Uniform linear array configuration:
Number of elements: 32
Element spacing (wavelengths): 0.75
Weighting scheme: uniform
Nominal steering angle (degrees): -30
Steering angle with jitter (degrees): -28.612
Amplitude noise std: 0.05
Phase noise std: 0.05

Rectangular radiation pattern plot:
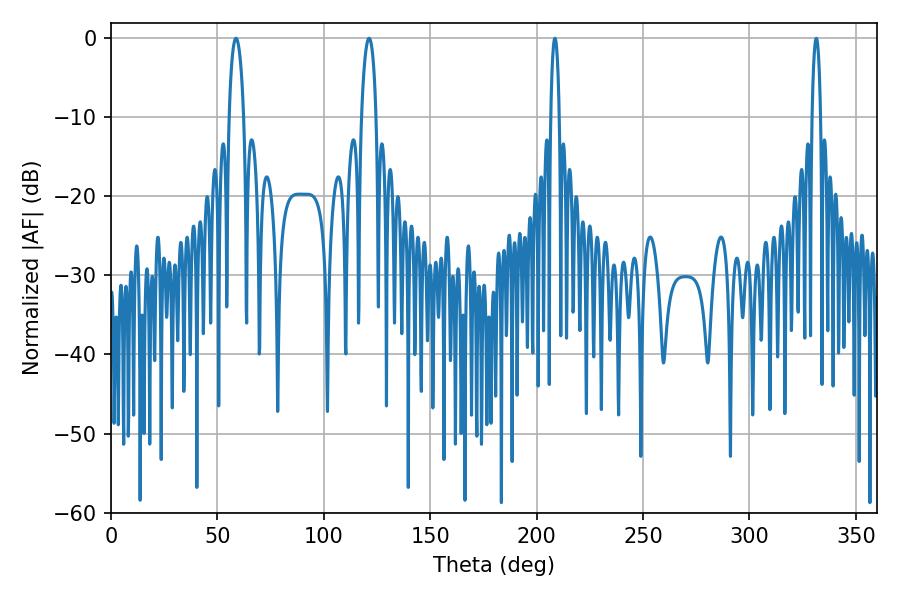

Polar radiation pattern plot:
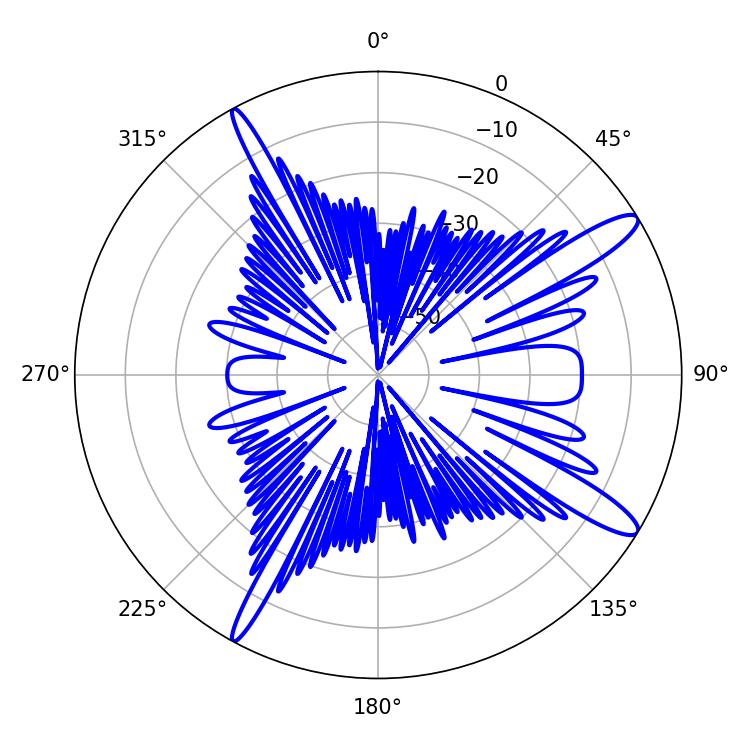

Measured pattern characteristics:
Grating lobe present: TRUE
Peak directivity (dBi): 13.35
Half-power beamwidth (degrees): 2.16
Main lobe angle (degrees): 208.62